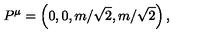
P ^ { \mu } = \left( 0 , 0 , m / \sqrt { 2 } , m / \sqrt { 2 } \right) ,